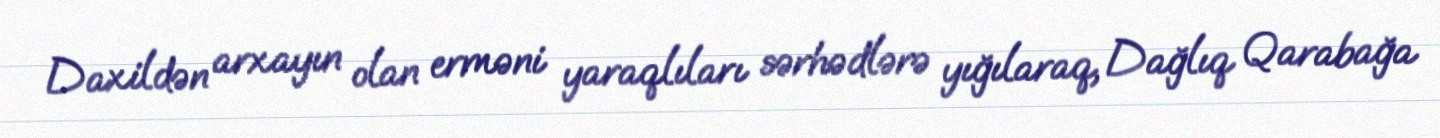
Daxildən arxayın olan erməni yaraqlıları sərhədlərə yığılaraq, Dağlıq Qarabağa